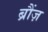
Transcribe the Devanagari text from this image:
ब्रौंज़